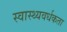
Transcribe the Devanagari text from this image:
स्वास्थ्यवर्धकता